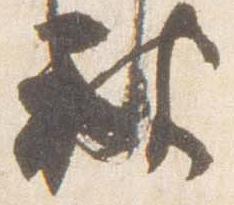
被